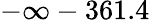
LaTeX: -\infty-361.4